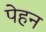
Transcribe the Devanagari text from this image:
पेहन